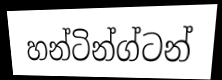
හන්ටින්ග්ටන්